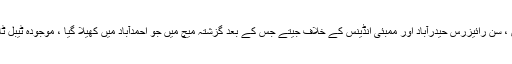
انھوں نے اپنے ابتدائی تین مقابلے دہلی ڈیرڈیولس ، سن رائیزرس حیدرآباد اور ممبئی انڈینس کے خلاف جیتے جس کے بعد گزشتہ میچ میں جو احمدآباد میں کھیلا گیا ، موجودہ ٹیبل ٹاپرس راجستھان رائلز کے مقابل ناکامیاب رہے ۔